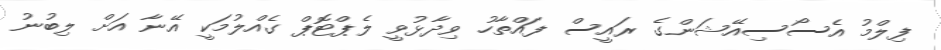
ފިލްމު އެސޯސިއޭޝަންގެ ރައީސް ފައްތާހު ވިދާޅުވީ ލެޕްޓޮޕް ގެއްލުމަކީ އޭނާ އަށް ލިބުނު